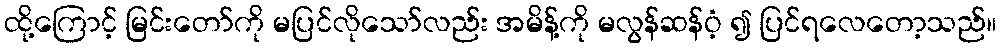
ထို့ကြောင့် မြင်းတော်ကို မပြင်လိုသော်လည်း အမိန့်ကို မလွန်ဆန်ဝံ့ ၍ ပြင်ရလေတော့သည်။